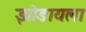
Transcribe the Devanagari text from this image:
झोडायला